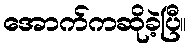
အောက်ကဆိုခဲ့ပြီ။